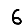
Digit: 6